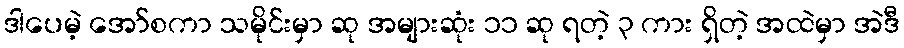
ဒါပေမဲ့ အော်စကာ သမိုင်းမှာ ဆု အများဆုံး ၁၁ ဆု ရတဲ့ ၃ ကား ရှိတဲ့ အထဲမှာ အဲဒီ